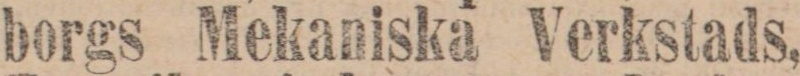
borgs Mekaniska Verkstads,